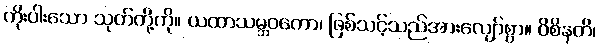
ကိုးပါးသော သုတ်တို့ကို။ ယထာသမ္ဘဝတော၊ ဖြစ်သင့်သည်အားလျော်စွာ။ ဝိစိနတိ၊